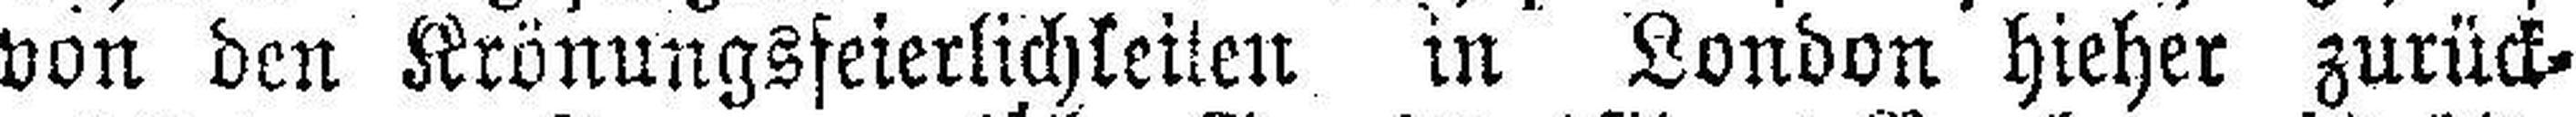
von den Krönungsfeierlichkeiten in London hieher zurück¬